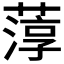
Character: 𮶱